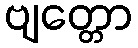
ဗျတ္တော